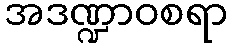
အဒဏ္ဍာဝစရာ